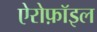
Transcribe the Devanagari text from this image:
ऐरोफ़ॉइल